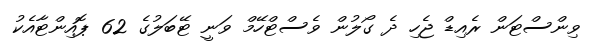
ވިންސްޓަން ރެއިޑް ޖެހި ދެ ގޯލުން ވެސްޓްހޭމް ވަނީ ޓޭބަލުގެ 62 ޕޮއިންޓާއެކު